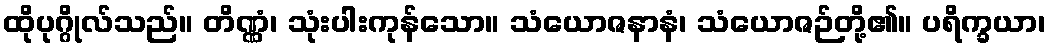
ထိုပုဂ္ဂိုလ်သည်။ တိဏ္ဏံ၊ သုံးပါးကုန်သော။ သံယောဇနာနံ၊ သံယောဇဉ်တို့၏။ ပရိက္ခယာ၊